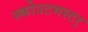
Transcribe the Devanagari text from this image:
स्कोउटमस्टर्